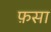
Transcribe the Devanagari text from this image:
फ़सा